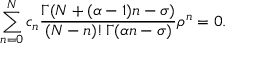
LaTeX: \sum _ { n = 0 } ^ { N } c _ { n } { \frac { \Gamma ( N + ( \alpha - 1 ) n - \sigma ) } { ( N - n ) ! \, \Gamma ( \alpha n - \sigma ) } } \rho ^ { n } = 0 .